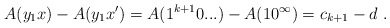
\begin{align*}A(y_1x) - A(y_1x') = A(1^{k+1}0...) - A(10^\infty) = c_{k+1} - d \ .\end{align*}